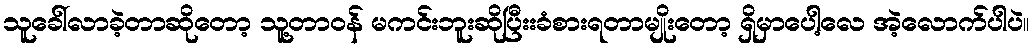
သူခေါ်လာခဲ့တာဆိုတော့ သူ့တာဝန် မကင်းဘူးဆိုပြီးးခံစားရတာမျိုးတော့ ရှိမှာပေါ့လေ အဲ့လောက်ပါပဲ။